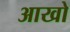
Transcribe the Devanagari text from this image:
आखो